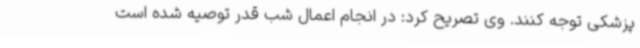
پزشکی توجه کنند. وی تصریح کرد: در انجام اعمال شب قدر توصیه شده است